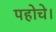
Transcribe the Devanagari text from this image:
पहोचे।